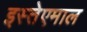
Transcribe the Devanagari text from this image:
इस्तेएमाल